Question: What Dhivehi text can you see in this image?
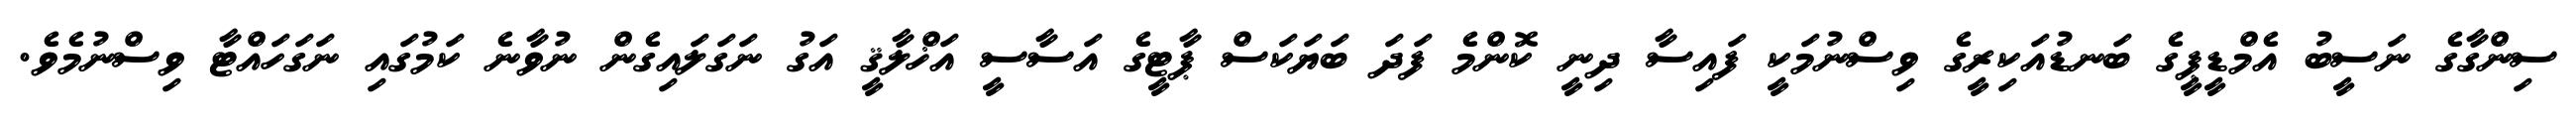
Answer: ސިންގާގެ ނަސީބު އެމްޑީޕީގެ ބަނޑުއަކިރީގެ ވިސްނުމަކީ ފައިސާ ދިނީ ކޮންމެ ފަދަ ބަޔަކަސް ޕާޓީގެ އަސާސީ އަޚްލާޤީ އަގު ނަގަލައިގެން ނުވާނެ ކަމުގައި ނަގަހައްޓާ ވިސްނުމެވެ.